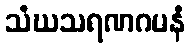
သံဃသရဏဂမနံ